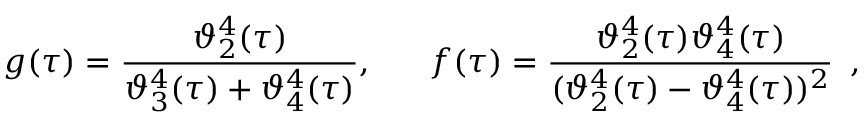
g ( \tau ) = \frac { \vartheta _ { 2 } ^ { 4 } ( \tau ) } { \vartheta _ { 3 } ^ { 4 } ( \tau ) + \vartheta _ { 4 } ^ { 4 } ( \tau ) } , ~ ~ ~ ~ ~ f ( \tau ) = \frac { \vartheta _ { 2 } ^ { 4 } ( \tau ) \vartheta _ { 4 } ^ { 4 } ( \tau ) } { ( \vartheta _ { 2 } ^ { 4 } ( \tau ) - \vartheta _ { 4 } ^ { 4 } ( \tau ) ) ^ { 2 } } ~ \, ,